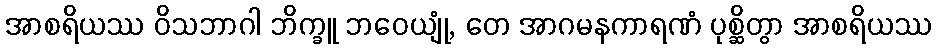
အာစရိယဿ ဝိသဘာဂါ ဘိက္ခူ ဘဝေယျုံ, တေ အာဂမနကာရဏံ ပုစ္ဆိတွာ အာစရိယဿ